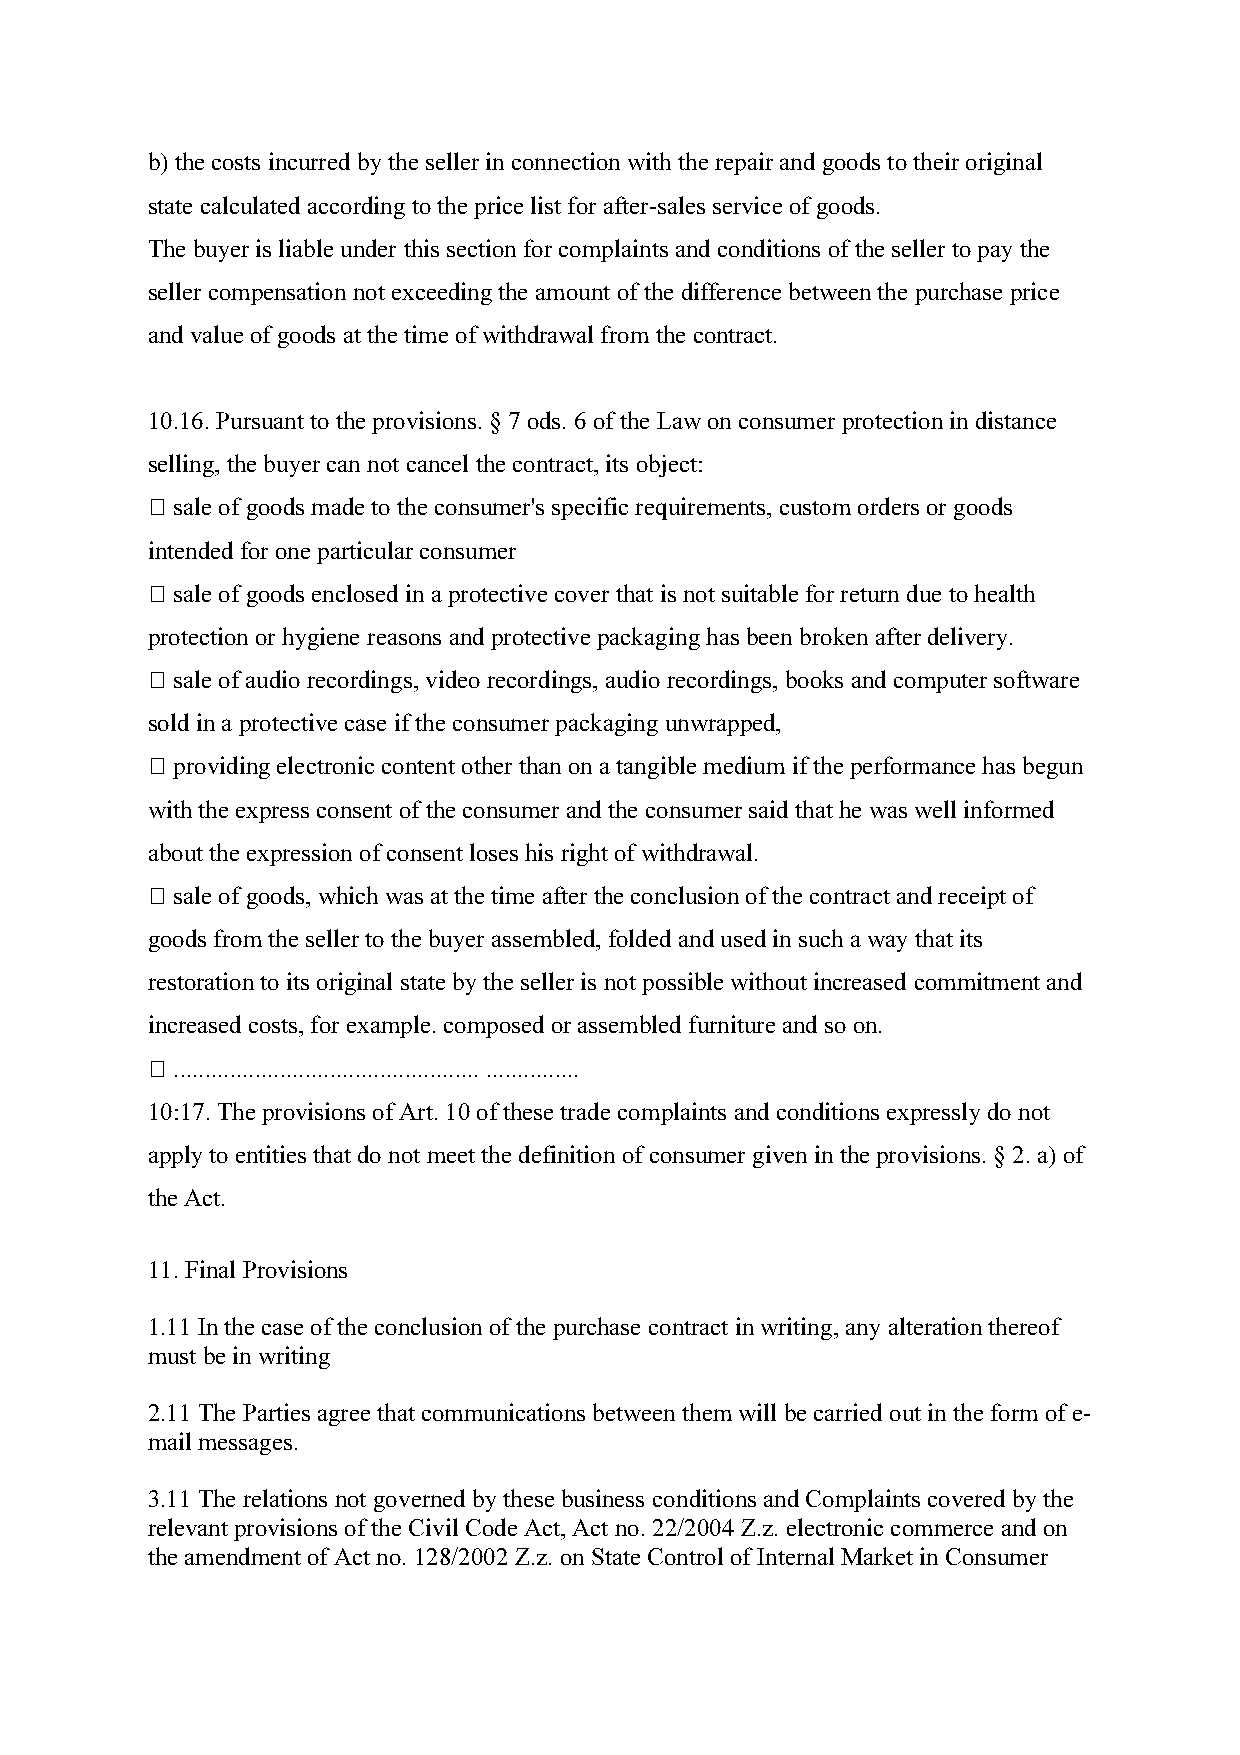
b) the costs incurred by the seller in connection with the repair and goods to their original
 state calculated according to the price list for after-sales service of goods.
 The buyer is liable under this section for complaints and conditions of the seller to pay the
 seller compensation not exceeding the amount of the difference between the purchase price
 and value of goods at the time of withdrawal from the contract.
 10.16. Pursuant to the provisions. § 7 ods. 6 of the Law on consumer protection in distance
 selling, the buyer can not cancel the contract, its object:
 N sale of goods made to the consumer's specific requirements, custom orders or goods
 intended for one particular consumer
 N sale of goods enclosed in a protective cover that is not suitable for return due to health
 protection or hygiene reasons and protective packaging has been broken after delivery.
 N sale of audio recordings, video recordings, audio recordings, books and computer software
 sold in a protective case if the consumer packaging unwrapped,
 N providing electronic content other than on a tangible medium if the performance has begun
 with the express consent of the consumer and the consumer said that he was well informed
 about the expression of consent loses his right of withdrawal.
 N sale of goods, which was at the time after the conclusion of the contract and receipt of
 goods from the seller to the buyer assembled, folded and used in such a way that its
 restoration to its original state by the seller is not possible without increased commitment and
 increased costs, for example. composed or assembled furniture and so on.
 N ................................................. ...............
 10:17. The provisions of Art. 10 of these trade complaints and conditions expressly do not
 apply to entities that do not meet the definition of consumer given in the provisions. § 2. a) of
 the Act.
 11. Final Provisions
 1.11 In the case of the conclusion of the purchase contract in writing, any alteration thereof
 must be in writing
 2.11 The Parties agree that communications between them will be carried out in the form of e-
 mail messages.
 3.11 The relations not governed by these business conditions and Complaints covered by the
 relevant provisions of the Civil Code Act, Act no. 22/2004 Z.z. electronic commerce and on
 the amendment of Act no. 128/2002 Z.z. on State Control of Internal Market in Consumer